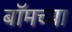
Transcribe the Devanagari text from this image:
बॉमच्या